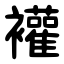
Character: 䙮